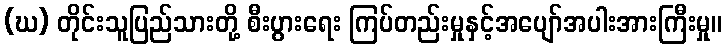
(ဃ) တိုင်းသူပြည်သားတို့ စီးပွားရေး ကြပ်တည်းမှုနှင့်အပျော်အပါးအားကြီးမှု။